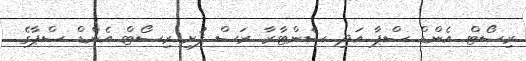
ރިސޯޓް އެންޑް ސްޕާ އަދި ސެންޓާރާ ރަސް ފުށި ރިސޯޓް އެންޑް ސްޕާގެ